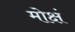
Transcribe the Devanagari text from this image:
मोक्षं